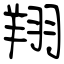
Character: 翔